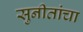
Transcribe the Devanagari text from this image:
सुनीतांचा